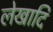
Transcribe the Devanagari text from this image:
लेखादि